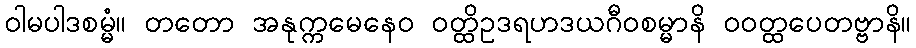
ဝါမပါဒစမ္မံ။ တတော အနုက္ကမေနေဝ ဝတ္ထိဥဒရဟဒယဂီဝစမ္မာနိ ဝဝတ္ထပေတဗ္ဗာနိ။